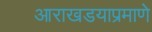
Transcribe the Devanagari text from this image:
आराखडयाप्रमाणे